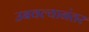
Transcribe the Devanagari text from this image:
उबवल्यानंतर